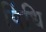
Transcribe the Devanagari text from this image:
पिंधि